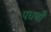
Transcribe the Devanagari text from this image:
पधर्थों